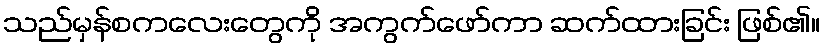
သည်မှန်စကလေးတွေကို အကွက်ဖော်ကာ ဆက်ထားခြင်း ဖြစ်၏။